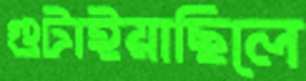
গুটাইয়াছিলে